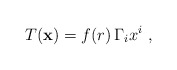
\begin{align*}T({\bf x}) = f(r) \, \Gamma_i x^i~,\end{align*}